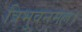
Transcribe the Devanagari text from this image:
त्रिभुवनमल्ल।